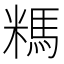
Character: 𰫆